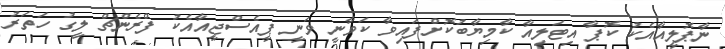
ނާޕޮލީއާއެކު ކޮޕާ އިޓަލިއާ ކާމިޔާބުކޮށްފައިވާ ކަވާނީ ވަނީ ޕީއެސްޖީއާއެކު ފްރެންޗް ލީގު ހަތަރު